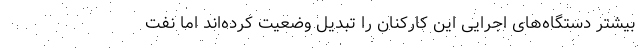
بیشتر دستگاه‌های اجرایی این کارکنان را تبدیل وضعیت کرده‌اند اما نفت